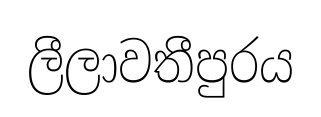
ලීලාවතීපුරය